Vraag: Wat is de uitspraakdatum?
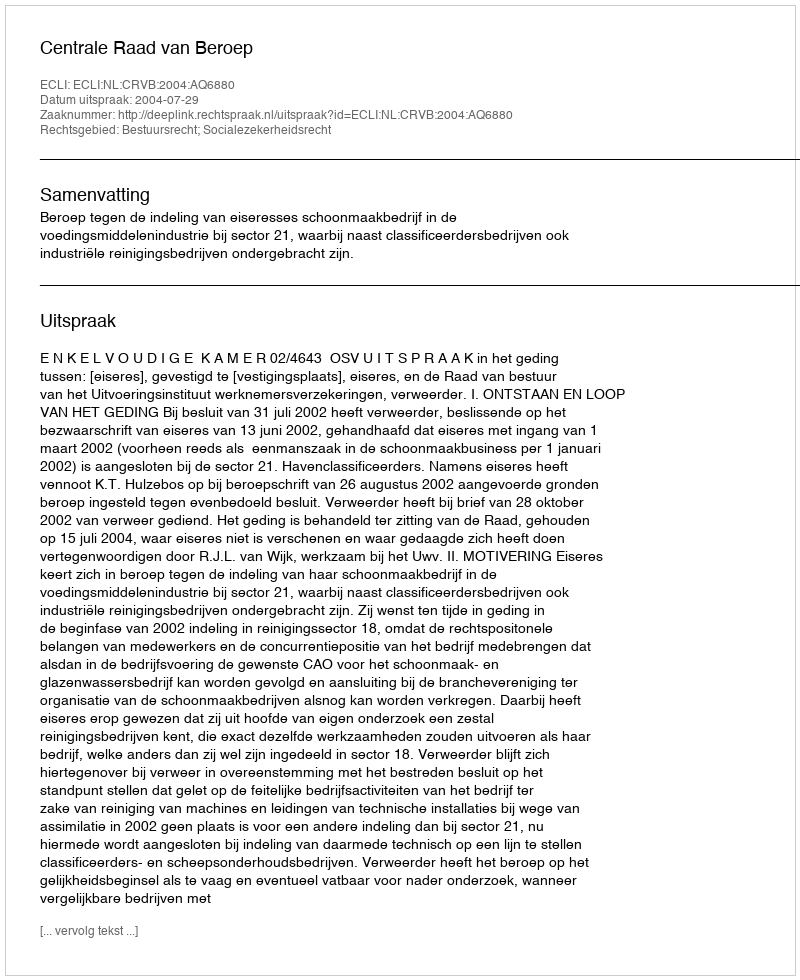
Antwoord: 2004-07-29